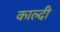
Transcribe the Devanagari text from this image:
काल्दी